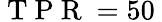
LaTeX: \mathrm{~T~P~R~}=50\